Lunatic asylums Madras 1877-1891 - 1877-1891
Year: 1877
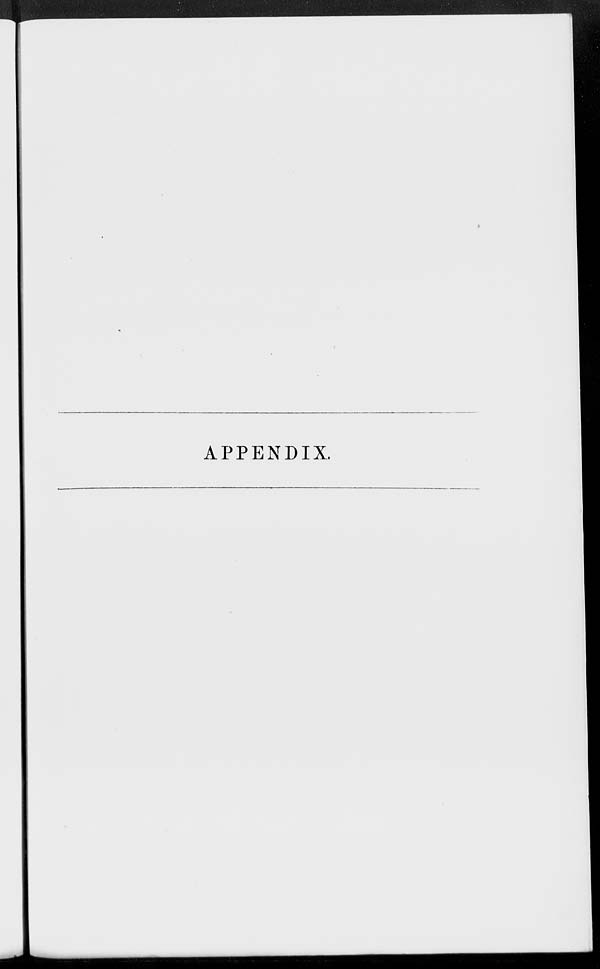
APPENDIX.